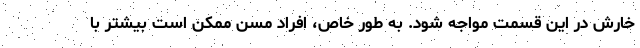
خارش در این قسمت مواجه شود. به طور خاص، افراد مسن ممکن است بیشتر با